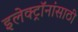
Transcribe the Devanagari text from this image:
इलेक्ट्रॉनांसाठी